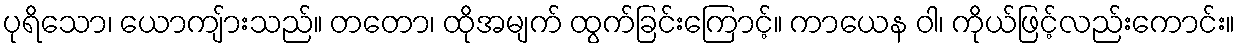
ပုရိသော၊ ယောကျ်ားသည်။ တတော၊ ထိုအမျက် ထွက်ခြင်းကြောင့်။ ကာယေန ဝါ၊ ကိုယ်ဖြင့်လည်းကောင်း။